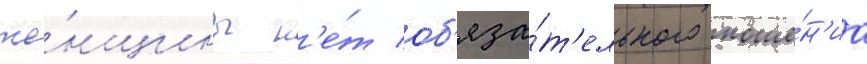
же́нщины н'е́т об'яза́т'ельного ноше́н'иа